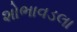
શોભાવડલા